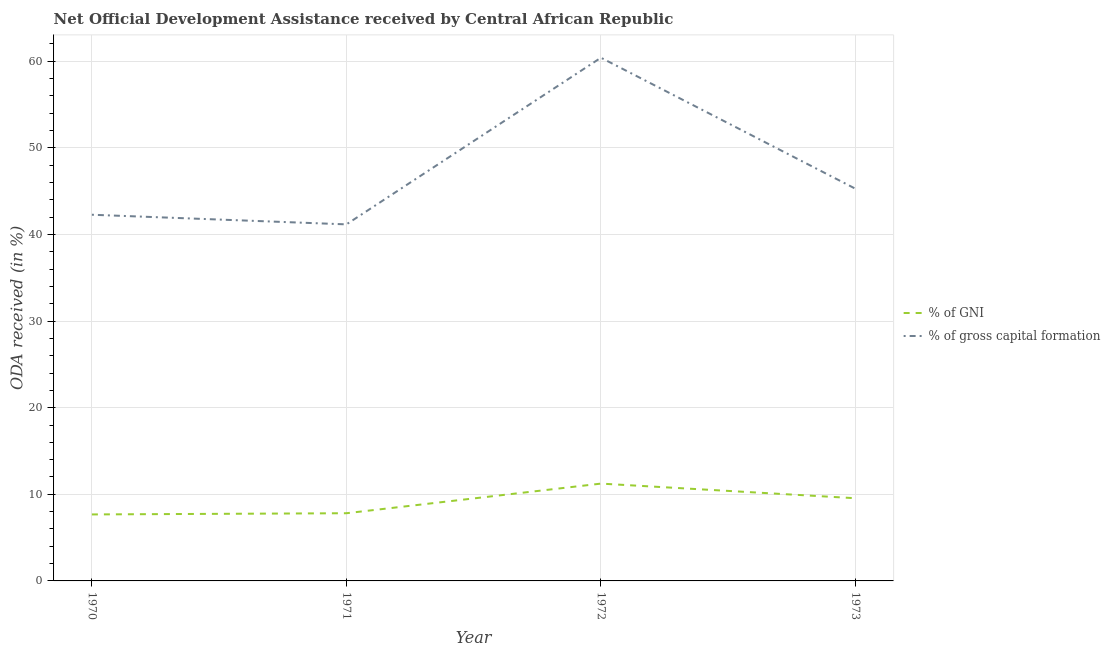
| Year | % of GNI | % of gross capital formation |
 | --- | --- | --- |
 | 1970 | 7.68 | 42.3 |
 | 1971 | 7.82 | 41.2 |
 | 1972 | 11.2 | 60.4 |
 | 1973 | 9.55 | 45.3 |